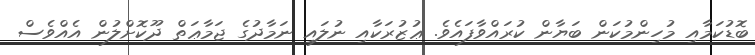
ބޮޑުކަމާއި މުހިންމުކަން ބަޔާން ކުރައްވާފައެވެ. ޢުޒުރަކާއި ނުލައި ނަމާދުގެ ޖަމާޢަތް ދޫކޮށްލުން އެއްވެސް